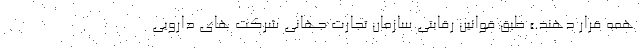
همه قرار دهند.» طبق قوانین رقابتی سازمان تجارت جهانی شرکت های دارویی